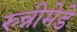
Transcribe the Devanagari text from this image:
रुन्नीमेडे